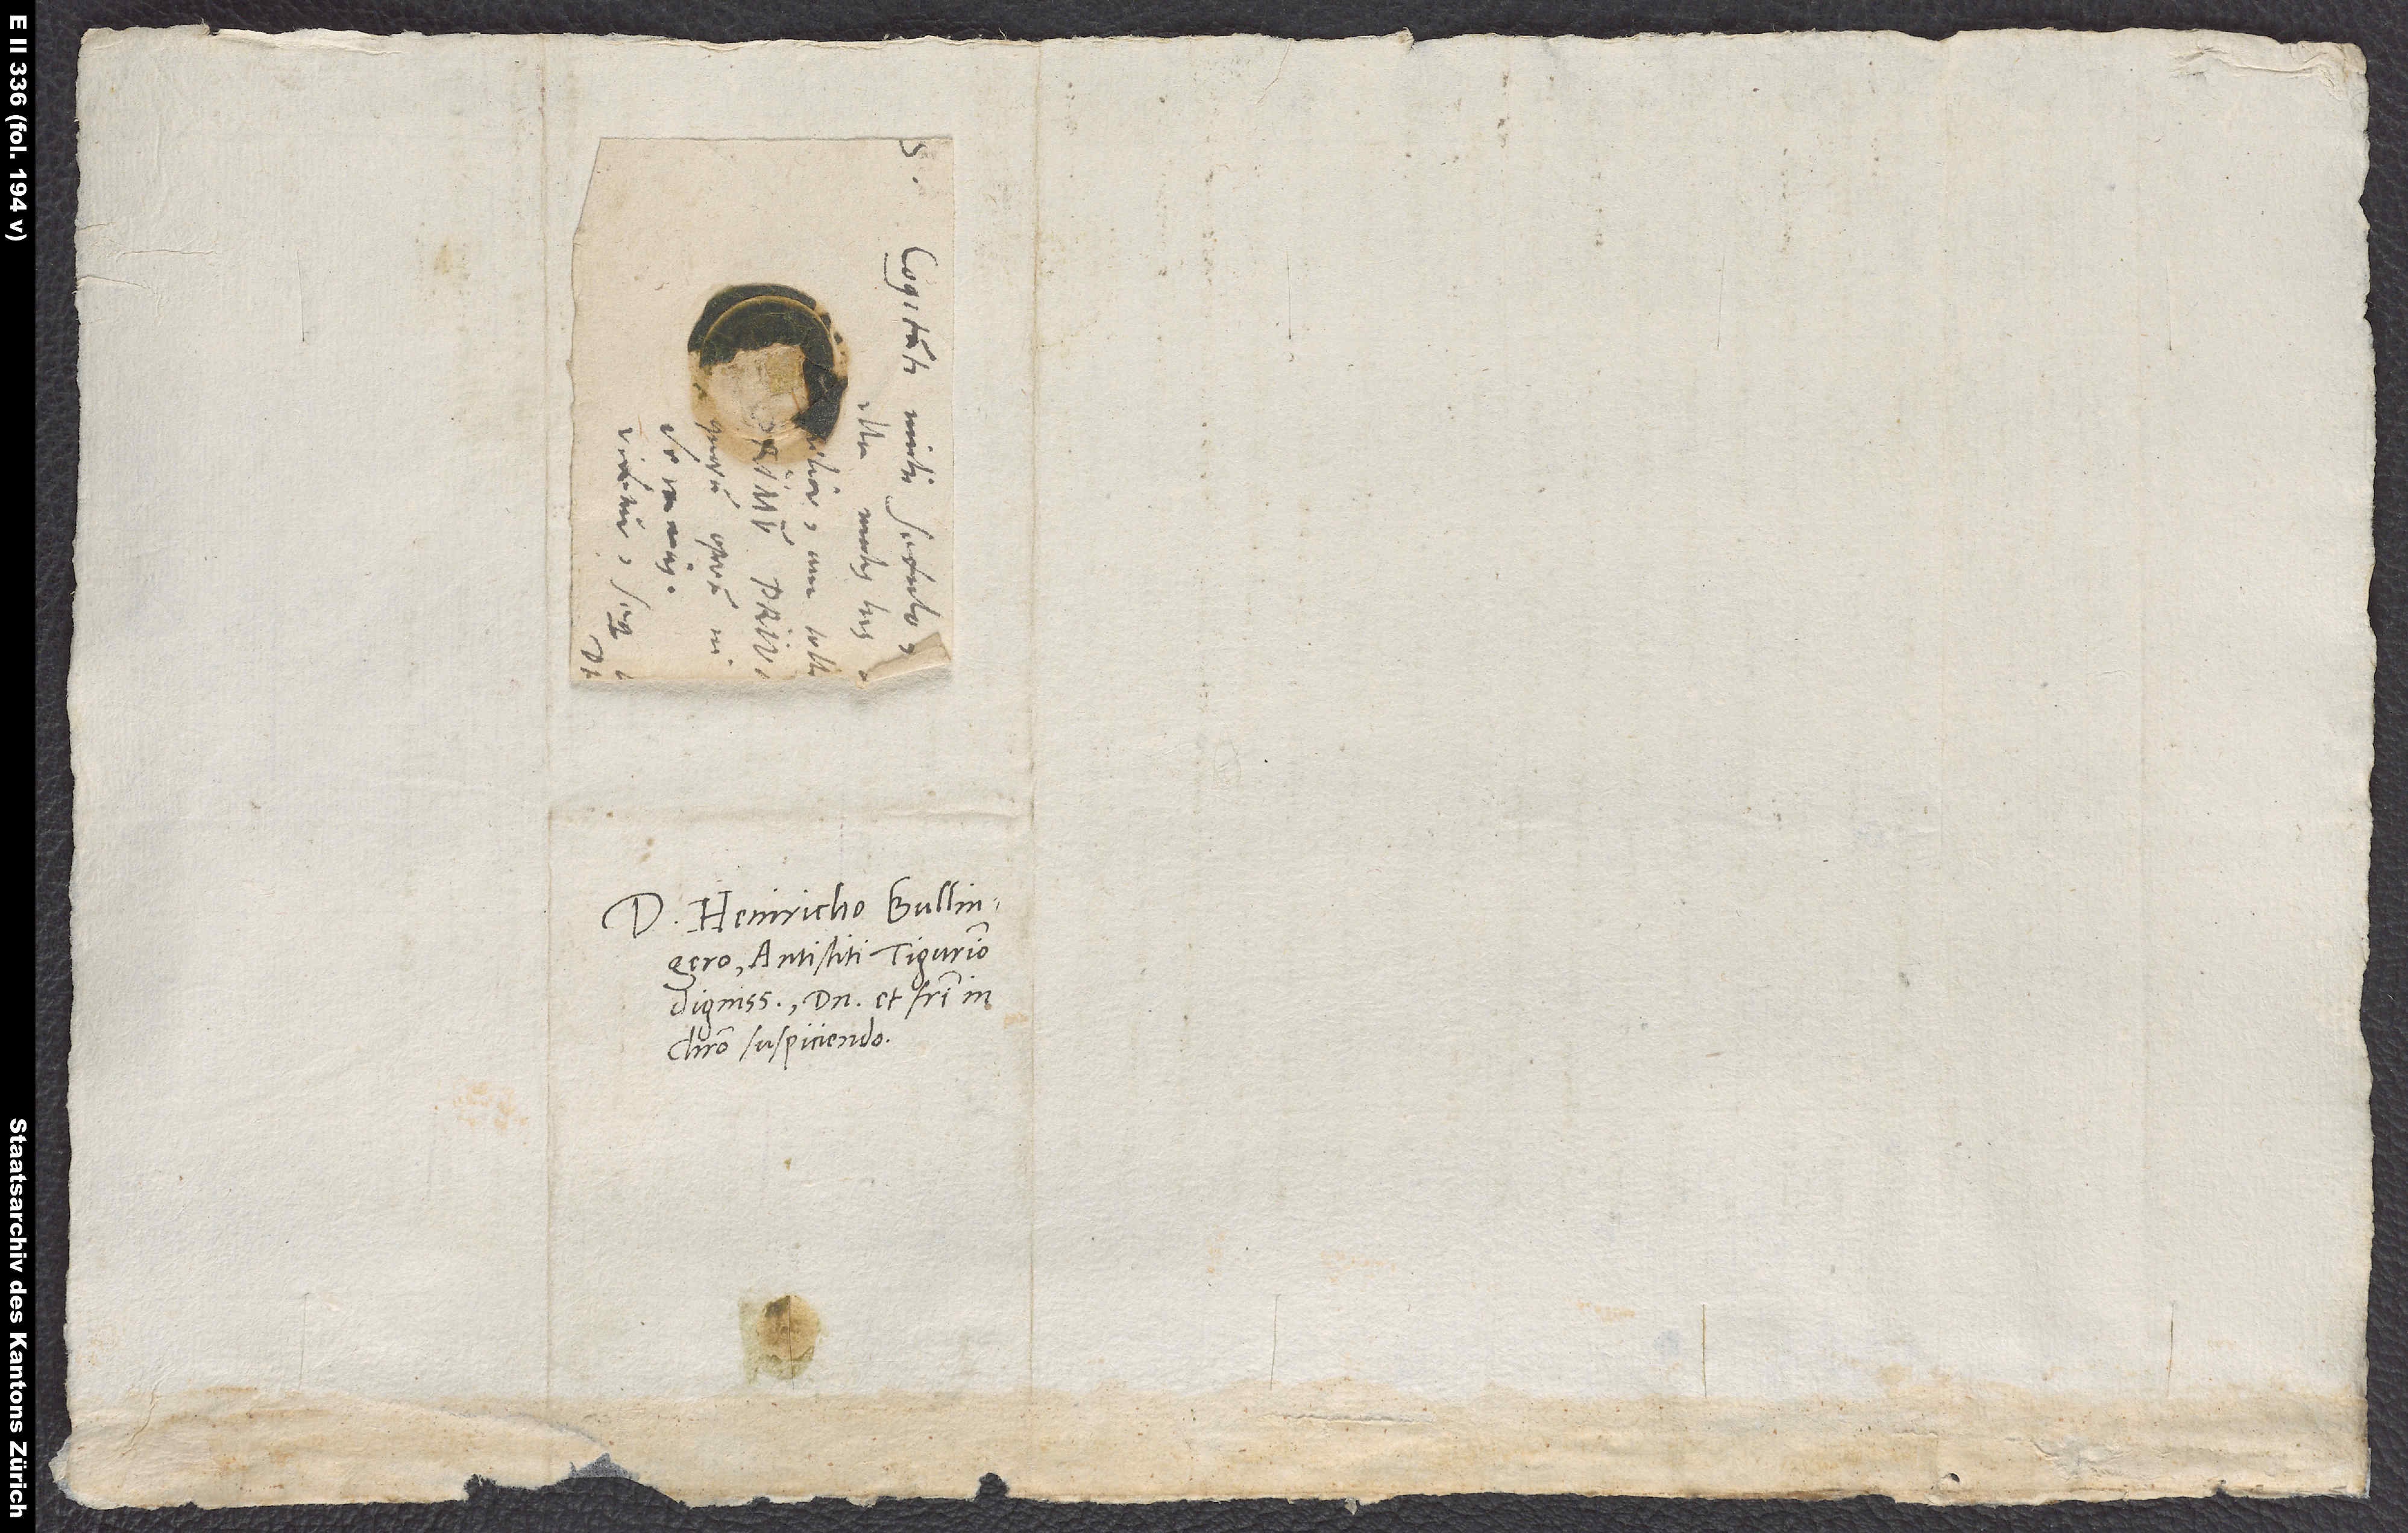
Domino Heinricho Bullingero,
antistiti Tigurino
dignissimo, domino et fratri in
Christo suspiciendo.